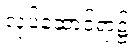
လုပ်ဆောင်ရာ၌